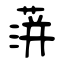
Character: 蓱